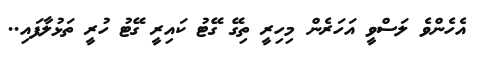
އެހެންވެ ލަސްވީ އަހަރެން މިހިރީ ތިގޭ ގޭޓު ކައިރީ ގޭޓު ހުރީ ތަޅުލާފައި..